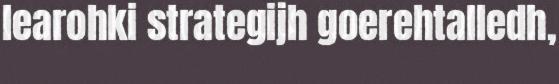
learohki strategijh goerehtalledh,